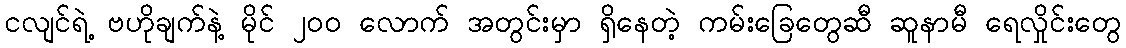
ငလျင်ရဲ့ ဗဟိုချက်နဲ့ မိုင် ၂၀၀ လောက် အတွင်းမှာ ရှိနေတဲ့ ကမ်းခြေတွေဆီ ဆူနာမီ ရေလှိုင်းတွေ